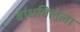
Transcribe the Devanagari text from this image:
बांधविलेला